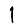
Digit: 1